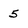
Character: 5